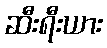
ဆီးရီးယား